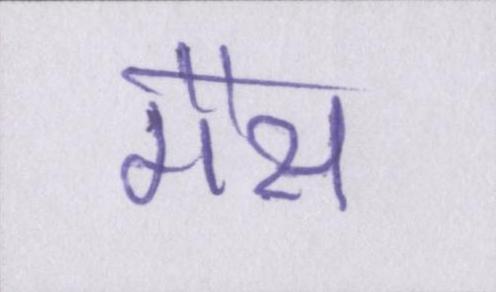
गैस